65_HS1-834228961_62-HQ-83894_Section_6
Agency: FBI
Page 87
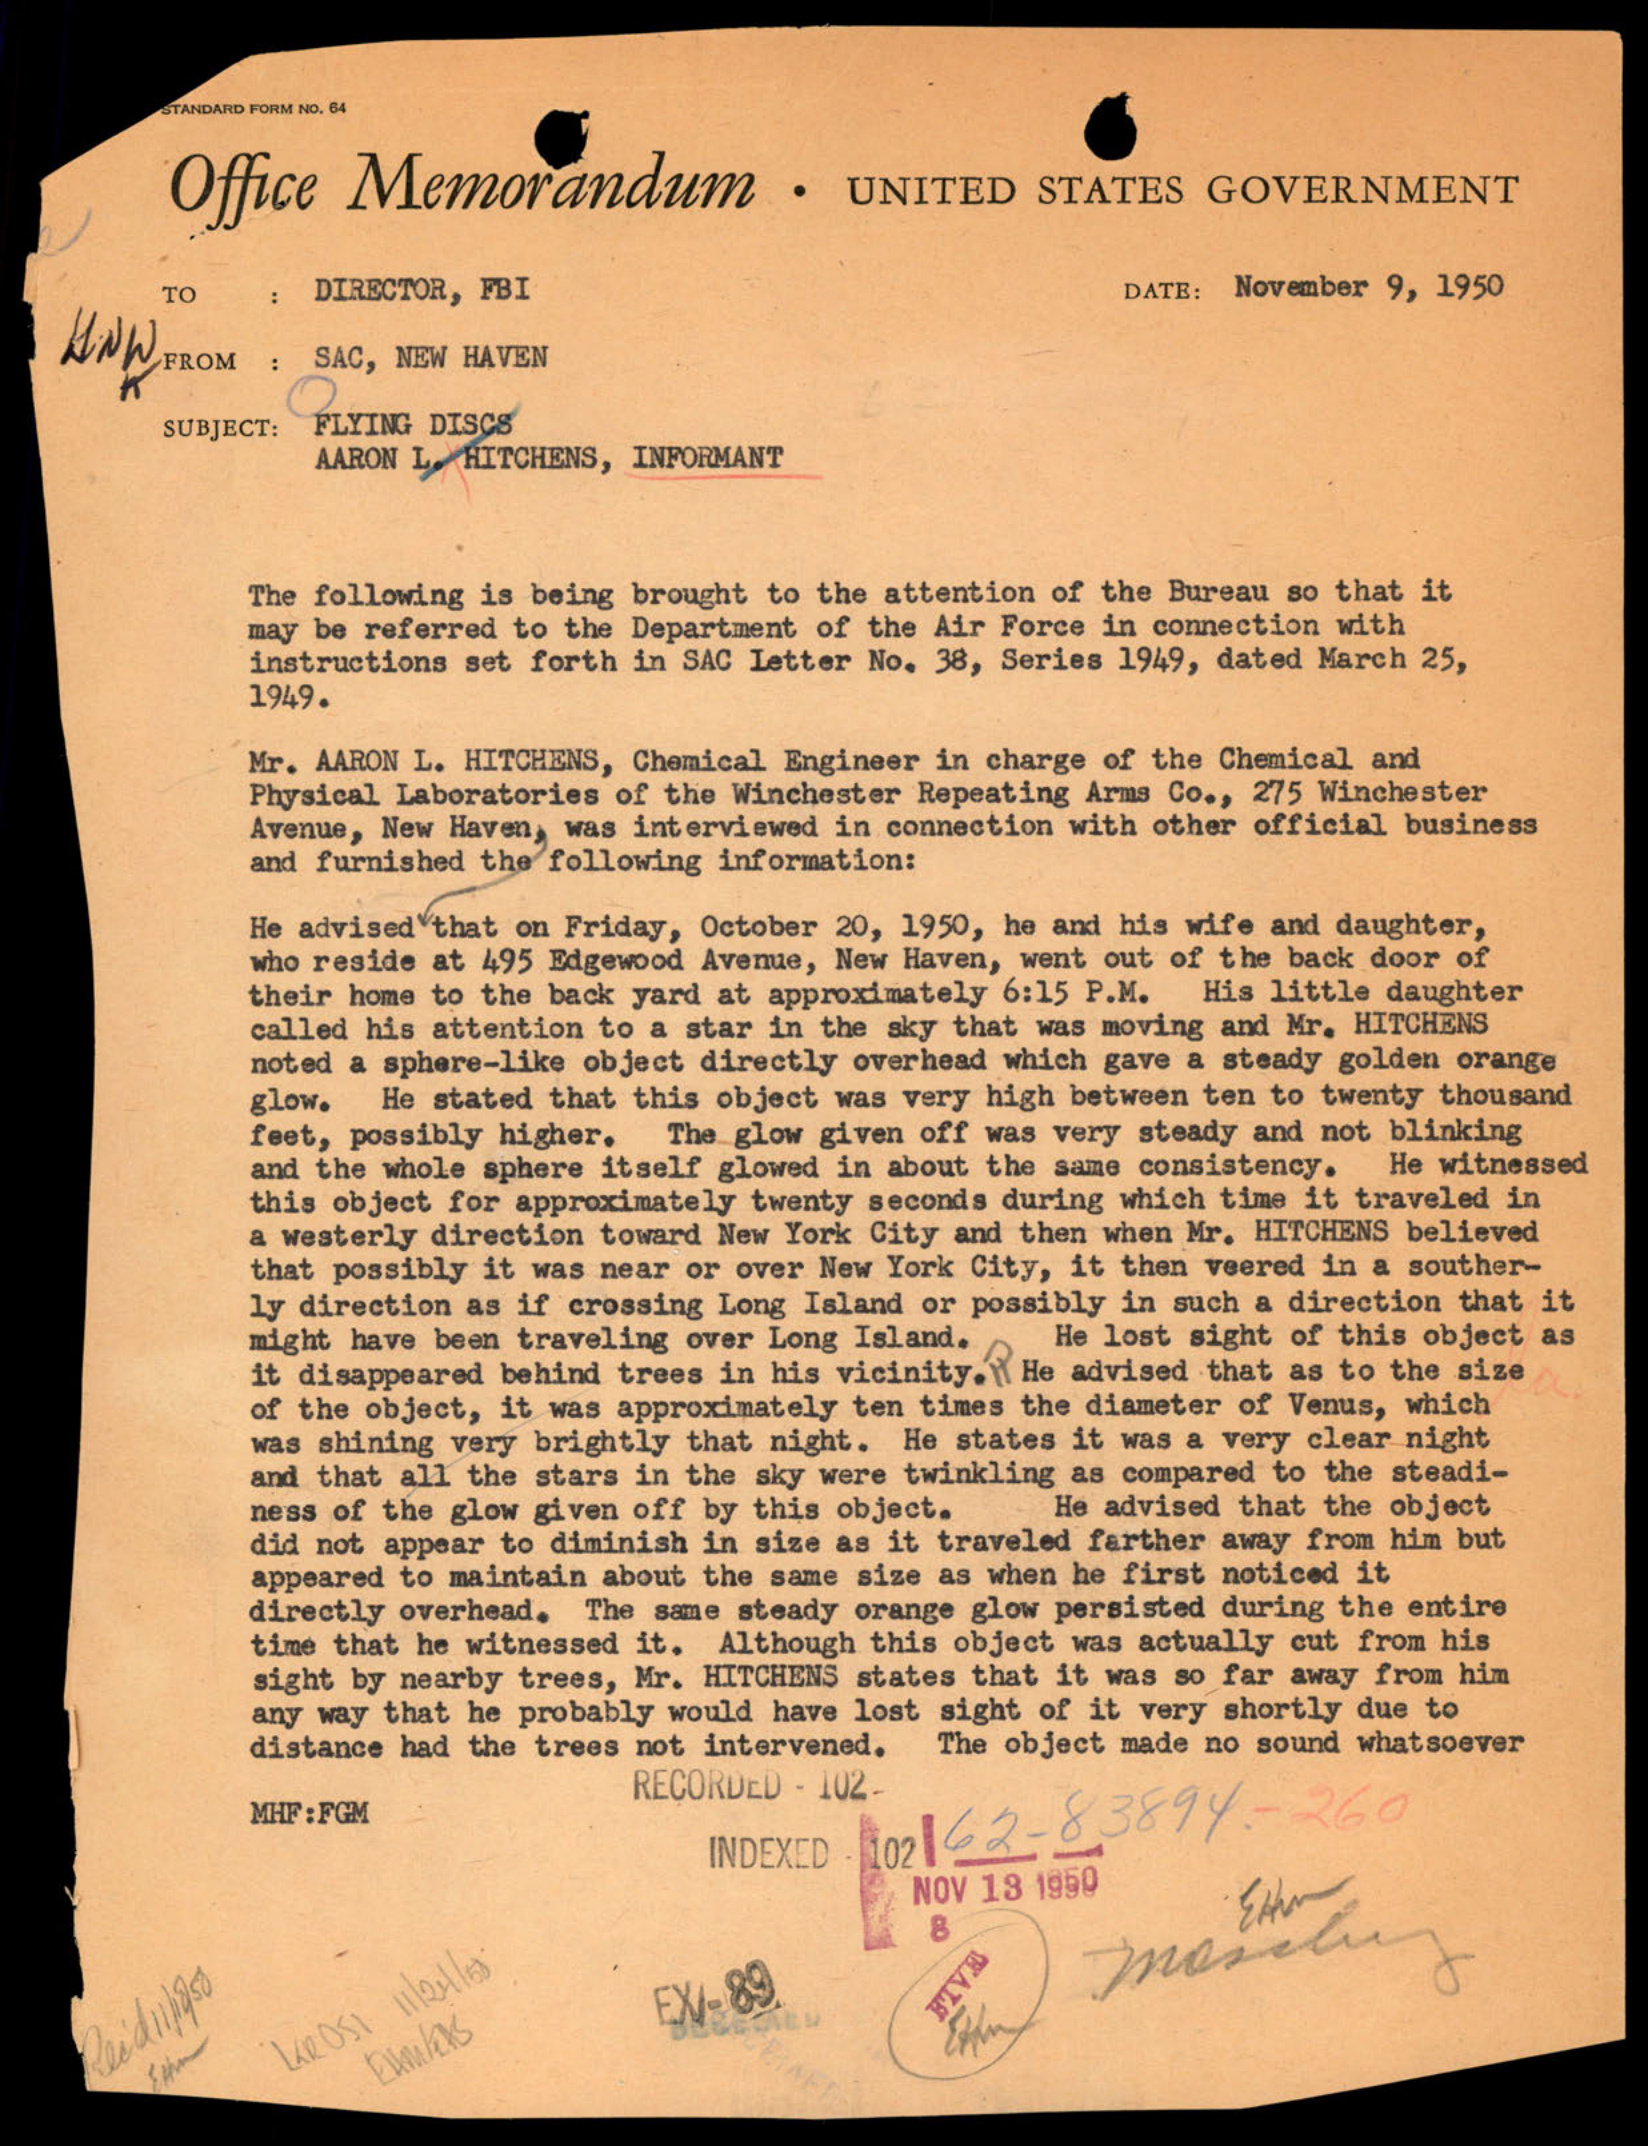